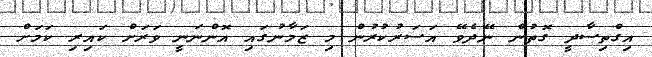
އިގްތިސާދީ ގޮތުން ނޭދެވޭ އަސަރުކުރުން މި ޒަމާނުގައި އޮންނަނީ ވަރަށް ކައިރި ކަމަށް